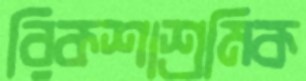
রিকশাশ্রমিক